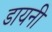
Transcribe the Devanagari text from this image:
डायनी